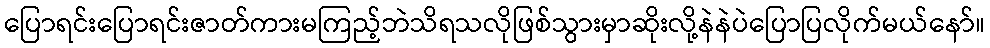
ပြောရင်းပြောရင်းဇာတ်ကားမကြည့်ဘဲသိရသလိုဖြစ်သွားမှာဆိုးလို့နဲနဲပဲပြောပြလိုက်မယ်နော်။